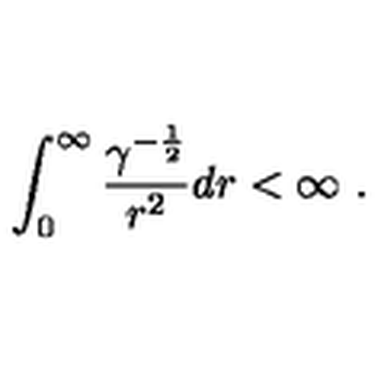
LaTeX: \int _ { 0 } ^ { \infty } { { \frac { \gamma ^ { - { \frac { 1 } { 2 } } } } { r ^ { 2 } } } } d r < \infty \ .